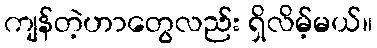
ကျန်တဲ့ဟာတွေလည်း ရှိလိမ့်မယ်။